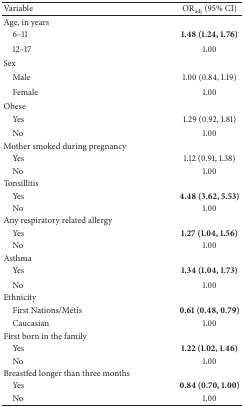
<table><thead><tr><td><b>Variable</b></td><td><b>OR<sub>adj</sub> (95% CI)</b></td></tr></thead><tbody><tr><td>Age, in years</td><td> </td></tr><tr><td>6–11</td><td><b>1.48 (1.24, 1.76)</b></td></tr><tr><td>12–17</td><td>1.00</td></tr><tr><td>Sex</td><td> </td></tr><tr><td>Male </td><td>1.00 (0.84, 1.19)</td></tr><tr><td>Female </td><td> 1.00</td></tr><tr><td>Obese</td><td> </td></tr><tr><td>Yes</td><td>1.29 (0.92, 1.81)</td></tr><tr><td>No</td><td>1.00</td></tr><tr><td>Mother smoked during pregnancy</td><td> </td></tr><tr><td>Yes</td><td>1.12 (0.91, 1.38)</td></tr><tr><td>No </td><td>1.00</td></tr><tr><td>Tonsillitis</td><td> </td></tr><tr><td> Yes</td><td><b>4.48 (3.62, 5.53)</b></td></tr><tr><td>No</td><td>1.00</td></tr><tr><td>Any respiratory related allergy</td><td> </td></tr><tr><td>Yes</td><td><b>1.27 (1.04, 1.56)</b></td></tr><tr><td>No</td><td>1.00</td></tr><tr><td>Asthma</td><td> </td></tr><tr><td>Yes</td><td><b>1.34 (1.04, 1.73)</b></td></tr><tr><td>No</td><td>1.00</td></tr><tr><td> Ethnicity</td><td> </td></tr><tr><td>First Nations/Métis</td><td><b>0.61 (0.48, 0.79)</b></td></tr><tr><td>Caucasian</td><td>1.00</td></tr><tr><td>First born in the family</td><td> </td></tr><tr><td>Yes</td><td><b>1.22 (1.02, 1.46)</b></td></tr><tr><td>No</td><td>1.00</td></tr><tr><td>Breastfed longer than three months</td><td> </td></tr><tr><td>Yes</td><td><b>0.84 (0.70, 1.00)</b></td></tr><tr><td>No</td><td>1.00</td></tr></tbody></table>